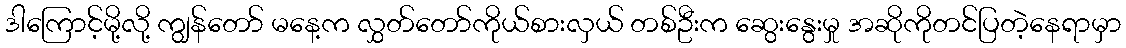
ဒါကြောင့်မို့လို့ ကျွန်တော် မနေ့က လွှတ်တော်ကိုယ်စားလှယ် တစ်ဦးက ဆွေးနွေးမှု အဆိုကိုတင်ပြတဲ့နေရာမှာ